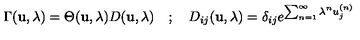
\Gamma ( { \bf u } , \lambda ) = \Theta ( { \bf u } , \lambda ) D ( { \bf u } , \lambda ) \quad ; \quad D _ { i j } ( { \bf u } , \lambda ) = \delta _ { i j } e ^ { \sum _ { n = 1 } ^ { \infty } \lambda ^ { n } u _ { j } ^ { ( n ) } }